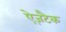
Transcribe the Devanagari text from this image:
ऐज़टैक